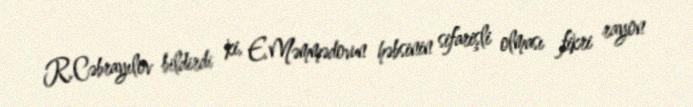
R.Cəbrayılov bildirdi ki, E.Məmmədovun həbsinin sifarişli olması fikri rayon